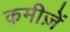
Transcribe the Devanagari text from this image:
कमीज़ें